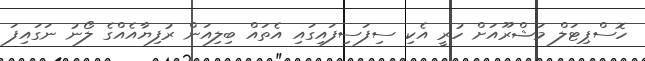
ހޮސްޕިޓަލް މަޝްރޫއަށް ހުރީ އެކި ސިފަސިފައިގައި އެތައް ބިލިއަން ރުފިޔާއެއްގެ ލޯނު ނަގައިފަ